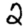
Digit: 2